Report of the Indian Hemp Drugs Commission, 1894-1895 - Volume V
Year: 1894
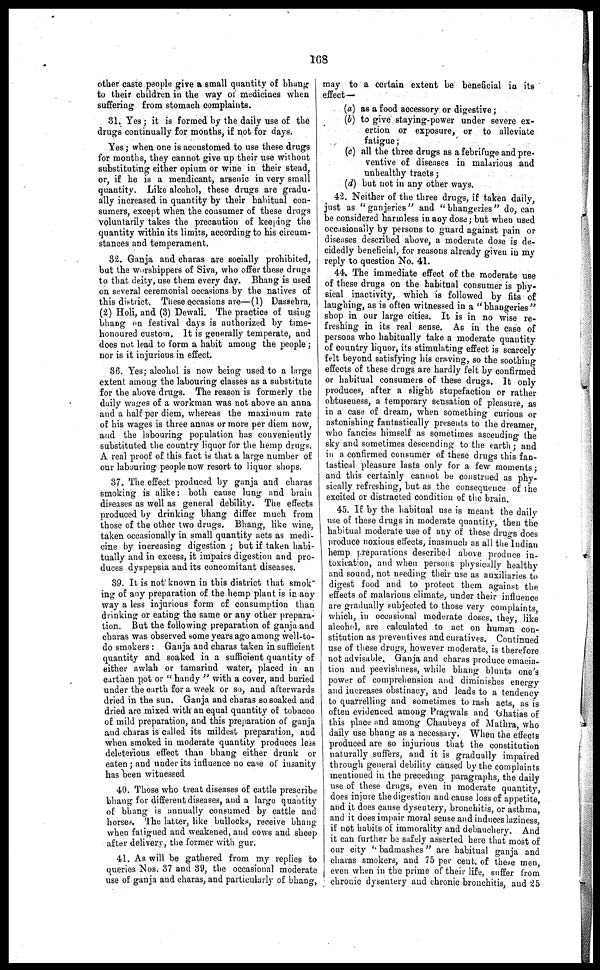
108
other caste people give a small quantity of bhang
to their children in the way of medicines when
suffering from stomach complaints.
31. Yes; it is formed by the daily use of the
drugs continually for months, if not for days.
Yes; when one is accustomed to use these drugs
for months, they cannot give up their use without
substituting either opium or wine in their stead,
or, if he is a mendicant, arsenic in very small
quantity. Like alcohol, these drugs are gradu-
ally increased in quantity by their habitual con-
sumers, except when the cousumer of these drugs
voluntarily takes the precaution of keeping the
quantity within its limits, according to his circum-
stances and temperament.
32. Ganja and charas are socially prohibited,
bat the worshippers of Siva, who offer these drugs
to that deity, use them every day. Bhang is used
on several ceremonial occasions by the natives of
this district. These occasions are—(1) Dassehra,
(2) Holi, and (3) Dewali. The practice of using
bhang on festival days is authorized by time-
honoured custom. It is generally temperate, and
does not lead to form a habit among the people;
nor is it injurious in effect.
36. Yes; alcohol is now being used to a large
extent among the labouring classes as a substitute
for the above drugs. The reason is formerly the
daily wages of a workman was not above an anna
and a half per diem, whereas the maximum rate
of his wages is three annas or more per diem now,
and the labouring population has conveniently
substituted the country liquor for the hemp drugs.
A real proof of this fact is that a large number of
our labouring people now resort to liquor shops.
37. The effect produced by ganja and charas
smoking is alike: both cause lung and brain
diseases as well as general debility. The effects
produced by drinking bhang differ much from
those of the other two drugs. Bhang, like wine,
taken occasionally in small quantity acts as medi-
cine by increasing digestion; but if taken habi-
tually and in excess, it impairs digestion and pro-
duces dyspepsia and its concomitant diseases.
39. It is not known in this district that smok-
ing of any preparation of the hemp plant is in any
way a less injurious form of consumption than
drinking or eating the same or any other prepara-
tion. But the following preparation of ganja and
charas was observed some years ago among well-to-
do smokers: Ganja and charas taken in sufficient
quantity and soaked in a sufficient quantity of
either awlah or tamarind water, placed in an
earthen pot or "handy" with a cover, and buried
under the earth for a week or so, and afterwards
dried in the sun. Ganja and charas so soaked and
dried are mixed with an equal quantity of tobacco
of mild preparation, and this preparation of ganja
and charas is called its mildest preparation, and
when smoked in moderate quantity produces less
deleterious effect than bhang either drunk or
eaten; and under its influence no case of insanity
has been witnessed
40. Those who treat diseases of cattle prescribe
bhang for different diseases, and a large quantity
of bhang is annually consumed by cattle and
horses The latter, like bullocks, receive bhang
when fatigued and weakened, and cows and sheep
after delivery, the former with gur.
41. As will be gathered from my replies to
queries Nos. 37 and 39, the occasional moderate
use of ganja and charas, and particularly of bhang,
may to a certain extent be beneficial in its
effect—
(a) as a food accessory or digestive;
(b) to give staying-power under severe ex-
ertion or exposure, or to alleviate
fatigue;
(c) all the three drugs as a febrifuge and pre-
ventive of diseases in malarious and
unhealthy tracts;
(d) but not in any other ways.
4:2. Neither of the three drugs, if taken daily,
just as "ganjeries" and "bhangeries" do, can
be considered harmless in any dose; but when used
occasionally by persons to guard against pain or
diseases described above, a moderate dose is de-
cidedly beneficial, for reasons already given in my
reply to question No. 41.
44. The immediate effect of the moderate use
of these drugs on the habitual consumer is phy-
sical inactivity, which is followed by fits of
laughing, as is often witnessed in a "bhangeries"
shop in our large cities. It is in no wise re-
freshing in its real sense. As in the case of
persons who habitually take a moderate quantity
of country liquor, its stimulating effect is scarcely
felt beyond satisfying his craving, so the soothing
effects of these drugs are hardly felt by confirmed
or habitual consumers of these drugs. It only
produces, after a slight stupefaction or rather
obtuseness, a temporary sensation of pleasure as
in a case of dream, when something curious or
astonishing fantastically presents to the dreamer
who fancies himself as sometimes ascending the
sky and sometimes descending to the earth; and
in a confirmed consumer of these drugs this fan-
tastical pleasure lasts only for a few moments;
and this certainly cannot be construed as phy-
sically refreshing, but as the consequence of the
excited or distracted condition of the brain.
45. If by the habitual use is meant the daily
use of these drugs in moderate quantity, then the
habitual moderate use of any of these drugs does
produce noxious effects, inasmuch as all the Indian
hemp preparations described above produce in-
toxication, and when persons physically healthy
and sound, not needing their use as auxiliaries to
digest food and to protect them against the
effects of malarious climate, under their influence
are gradually subjected to those very complaints
which, in occasional moderate doses, they, like
alcohol, are calculated to act on human con-
stitution as preventives and curatives. Continued
use of these drugs, however moderate, is therefore
not advisable. Ganja and charas produce emacia-
tion and peevishness, while bhang blunts one's
power of comprehension and diminishes energy
and increases obstinacy, and leads to a tendency
to quarrelling and sometimes to rash acts as is
often evidenced among Pragwals and Ghatias of
this place and among Chaubeys of Mathra, who
daily use bhang as a necessary. When the effects
produced are so injurious that the constitution
naturally suffers, and it is gradually impaired
through general debility caused by the complaints
mentioned in the preceding paragraphs, the daily
use of these drugs, even in moderate quantity,
does injure the digestion and cause loss of appetite,
and it does cause dysentery, bronchitis, or asthma,
and it does impair moral sense and induces laziness
if not habits of immorality and debauchery. And
it can further be safely asserted here that most of
our city "badmashes" are habitual ganja and
charas smokers, and 75 per cent. of these men
even when in the prime of their life, suffer from
chronic dysentery and chronic bronchitis, and 25